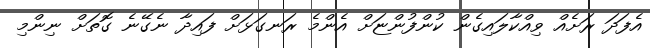
އެފަދަ ރަށެއް ވިއްކާލައިގެން ކުންފުންޏަށް އެންމެ ރަނގަޅަށް ފައިދާ ނެގޭނެ ގޮތަށް ނިންމި